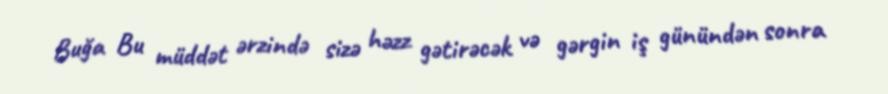
Buğa Bu müddət ərzində sizə həzz gətirəcək və gərgin iş günündən sonra